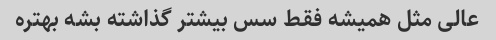
عالى مثل همیشه فقط سس بیشتر گذاشته بشه بهتره